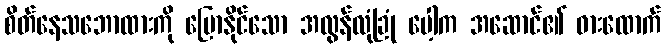
စိတ်နေသဘောထားကို ပြောနိုင်သော အလွန်လုံခြုံ ပေါ့က အဆောင်၏ ဓားထောက်